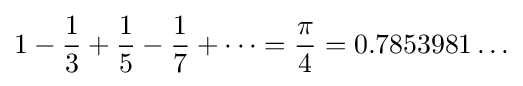
1-{\frac {1}{3}}+{\frac {1}{5}}-{\frac {1}{7}}+\cdots ={\frac {\pi }{4}}=0.7853981\ldots